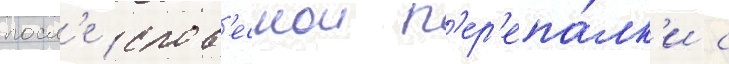
посл'е слов'еснои п'ер'епа́лк'и с